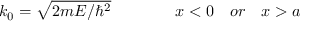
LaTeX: k _ { 0 } = { \sqrt { 2 m E / \hbar ^ { 2 } } } \quad \quad \quad \quad x < 0 \quad o r \quad x > a